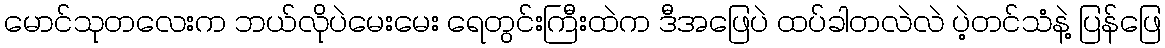
မောင်သုတလေးက ဘယ်လိုပဲမေးမေး ရေတွင်းကြီးထဲက ဒီအဖြေပဲ ထပ်ခါတလဲလဲ ပဲ့တင်သံနဲ့ ပြန်ဖြေ